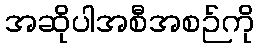
အဆိုပါအစီအစဉ်ကို